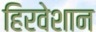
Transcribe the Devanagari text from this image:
हिरवेशान